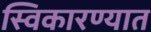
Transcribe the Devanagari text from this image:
स्विकारण्यात